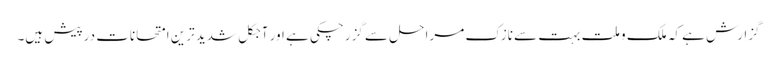
گزارش ہے کہ ملک و ملت بہت سے نازک مراحل سے گزرچکی ہے اور آجکل شدید ترین امتحانات درپیش ہیں۔